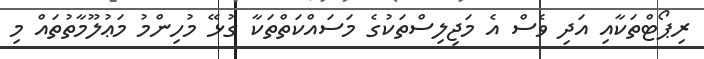
ރިޕޯޓްތަކާއި އަދި ވެސް އެ މަޖިލިސްތަކުގެ މަސައްކަތްތަކާ ގުޅޭ މުހިންމު މަޢުލޫމާތުތައް މި